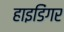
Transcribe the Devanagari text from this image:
हाइडिंगर